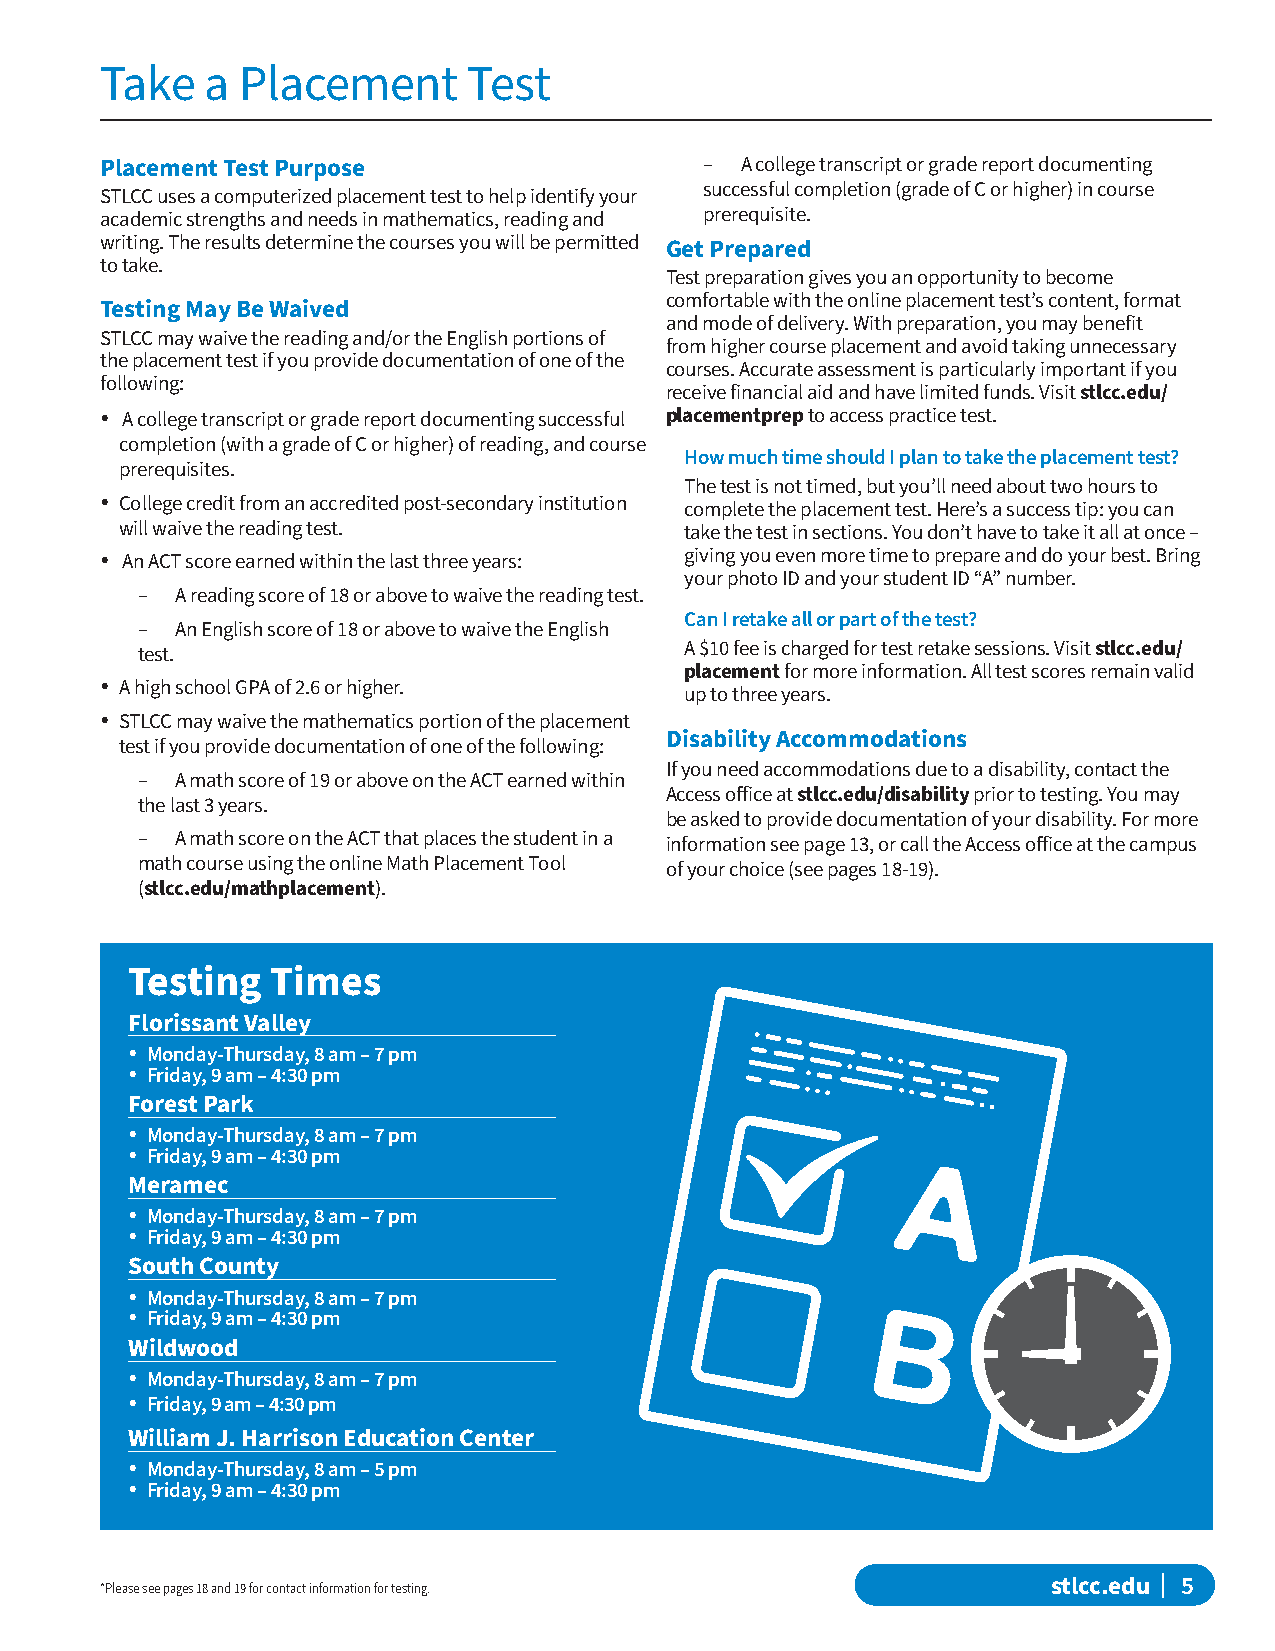
Take   a Placement      Test
 Placement Test Purpose                  – A college transcript or grade report documenting
 successful completion (grade of C or higher) in course
 STLCC uses a computerized placement test to help identify your
 academic strengths and needs in mathematics, reading and prerequisite.
 writing. The results determine the courses you will be permitted Get Prepared
 to take.
 Test preparation gives you an opportunity to become
 comfortable with the online placement test’s content, format
 Testing May Be Waived
 and mode of delivery. With preparation, you may benefit
 STLCC may waive the reading and/or the English portions of
 from higher course placement and avoid taking unnecessary
 the placement test if you provide documentation of one of the
 courses. Accurate assessment is particularly important if you
 following:
 receive financial aid and have limited funds. Visit stlcc.edu/
 • A college transcript or grade report documenting successful placementprep to access practice test.
 completion (with a grade of C or higher) of reading, and course
 How much time should I plan to take the placement test?
 prerequisites.
 The test is not timed, but you’ll need about two hours to
 • College credit from an accredited post-secondary institution complete the placement test. Here’s a success tip: you can
 will waive the reading test.         take the test in sections. You don’t have to take it all at once –
 • An ACT score earned within the last three years: giving you even more time to prepare and do your best. Bring
 your photo ID and your student ID “A” number.
 –  A reading score of 18 or above to waive the reading test.
 Can I retake all or part of the test?
 –  An English score of 18 or above to waive the English
 test.                               A $10 fee is charged for test retake sessions. Visit stlcc.edu/
 placement for more information. All test scores remain valid
 • A high school GPA of 2.6 or higher.
 up to three years.
 • STLCC may waive the mathematics portion of the placement
 Disability Accommodations
 test if you provide documentation of one of the following:
 If you need accommodations due to a disability, contact the
 –  A math score of 19 or above on the ACT earned within
 Access office at stlcc.edu/disability prior to testing. You may
 the last 3 years.
 be asked to provide documentation of your disability. For more
 –  A math score on the ACT that places the student in a information see page 13, or call the Access office at the campus
 math course using the online Math Placement Tool of your choice (see pages 18-19).
 (stlcc.edu/mathplacement).
 Testing   Times
 Florissant Valley
 • Monday-Thursday, 8 am – 7 pm
 • Friday, 9 am – 4:30 pm
 Forest Park
 • Monday-Thursday, 8 am – 7 pm
 • Friday, 9 am – 4:30 pm
 Meramec
 • Monday-Thursday, 8 am – 7 pm
 • Friday, 9 am – 4:30 pm
 South County
 • Monday-Thursday, 8 am – 7 pm
 • Friday, 9 am – 4:30 pm
 Wildwood
 • Monday-Thursday, 8 am – 7 pm
 • Friday, 9 am – 4:30 pm
 William J. Harrison Education Center
 • Monday-Thursday, 8 am – 5 pm
 • Friday, 9 am – 4:30 pm
 *Please see pages 18 and 19 for contact information for testing. stlcc.edu | 5